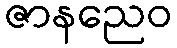
ဇာနညေဝ